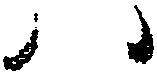
ハ